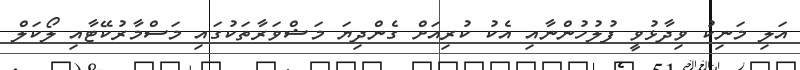
އަލި މަނިކު ވިދާޅުވީ ފުލުހުންނާއި އެކު ކުރިއަށް ގެންދިޔަ މަޝްވަރާތަކުގައި މަސްމާރުކޭޓާއި ލޯކަލް